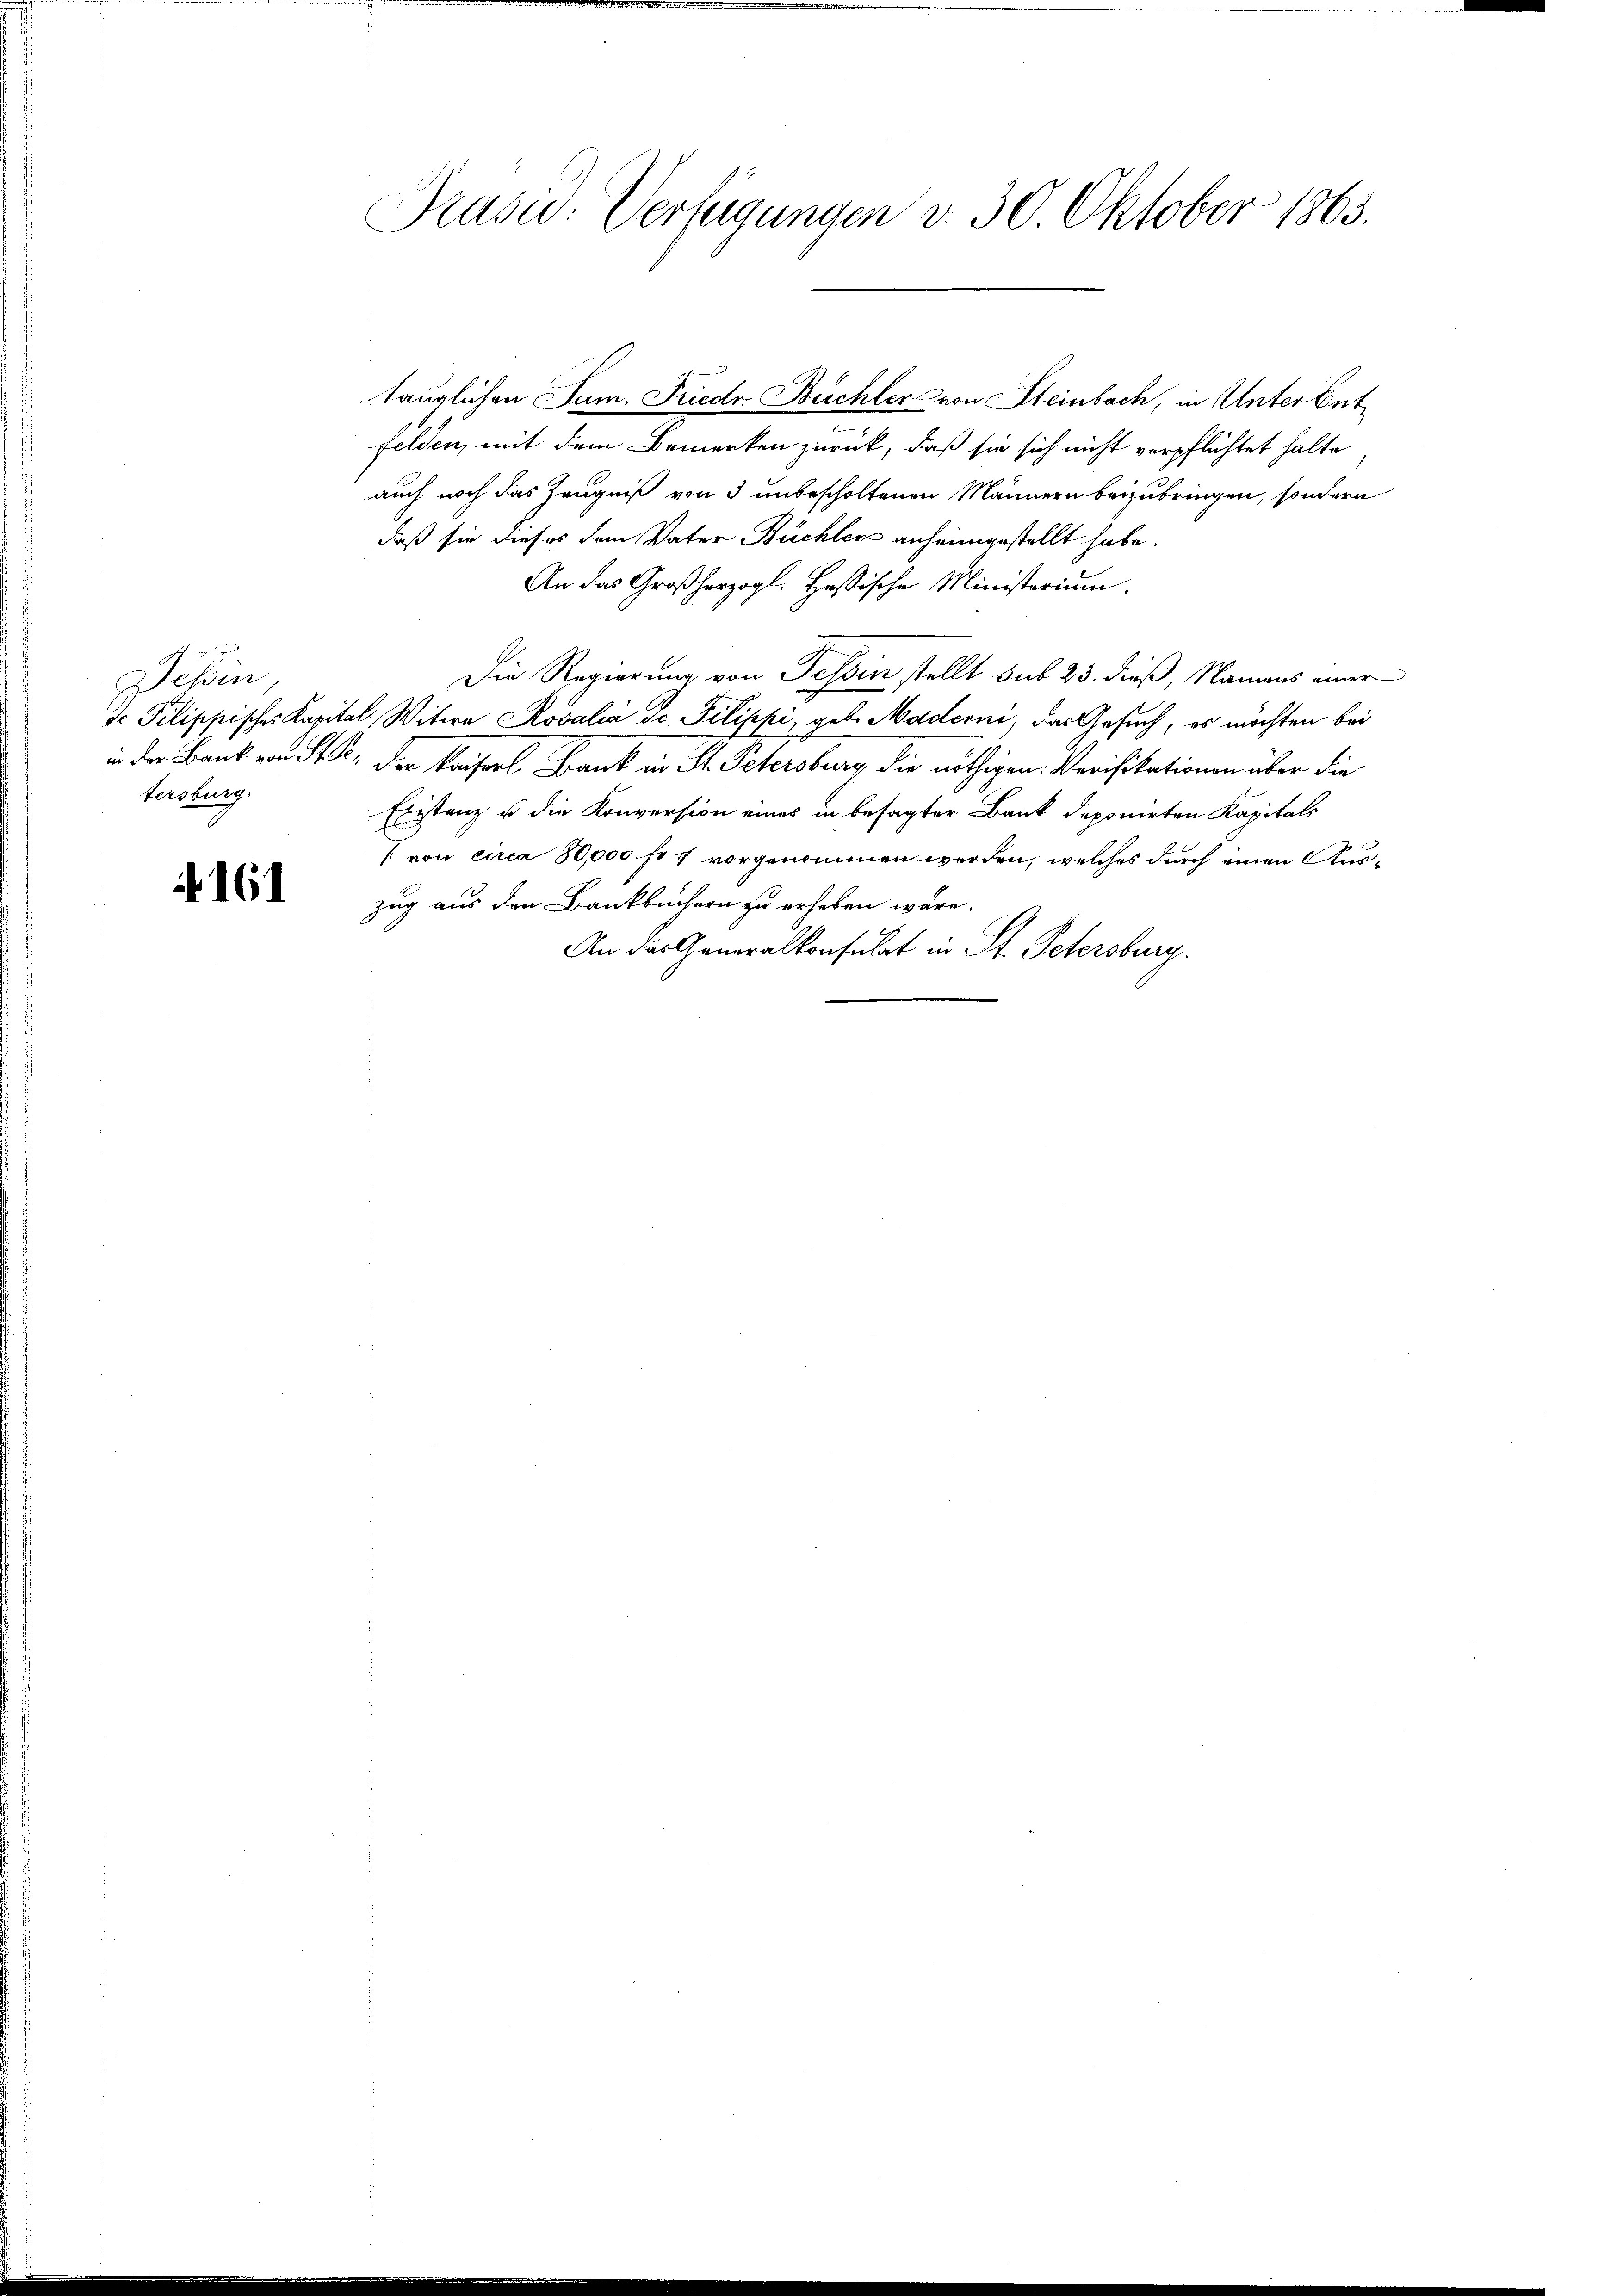
Tessin,
tersburg.

161

Prasi: Verfügungen v. 30. Oktober 1863.

tauglichen Jam. Friedr Büchler von Steinbach, in Unter Entfelden, mit dem Bemerken zurück, daß sie sich nicht verpflichtet halte
auch noch das Zeugniß von 3 unbescholtenen Männern beizubringen, sondern
daß sie dieses dem Vater Büchler anheimgestellt habe.
An das Großherzogl. Hastische Ministerium.
Die Regierung von Tessin stellt sub 23. dieß, Namens einer
J Pilippisches Kapital Witwe Rosalia de Filiphi, geb. Maderni, das Gesuch, es möchten bei
in der Bank von Sr. Er, der Kaiserl Bank in M. Petersburg die nöthigen Verifikationen über die
Existanz u die Konversion eines in besagter Bank deponirten Kapitals
/ von circa 80,000 fr 5 vorgenommen werden, welches durch einen Auszug aus den Bankbüchern zu erheben wäre.
An das Generalkonsulat in St. Petersburg.